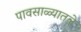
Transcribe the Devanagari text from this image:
पावसाळ्यातले